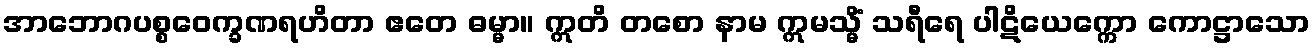
အာဘောဂပစ္စဝေက္ခဏရဟိတာ ဧတေ ဓမ္မာ။ ဣတိ တစော နာမ ဣမသ္မိံ သရီရေ ပါဋိယေက္ကော ကောဋ္ဌာသော